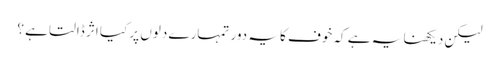
لیکن دیکھنا یہ ہے کہ خوف کا یہ دور تمہارے دلوں پر کیا اثر ڈالتا ہے ؟